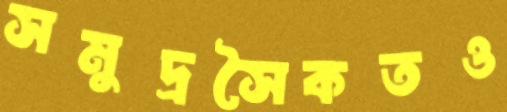
সমুদ্রসৈকতও